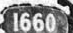
1660